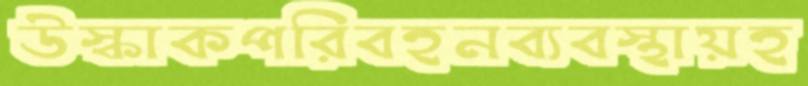
উস্‌কাকপরিবহনব্যবস্থায়হ